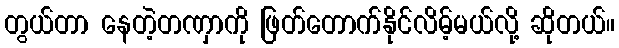
တွယ်တာ နေတဲ့တဏှာကို ဖြတ်တောက်နိုင်လိမ့်မယ်လို့ ဆိုတယ်။